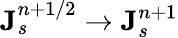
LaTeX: {\mathbf J}_{s}^{n+1/2}\rightarrow{\mathbf J}_{s}^{n+1}